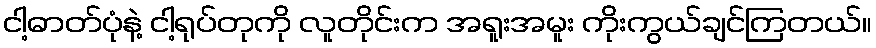
ငါ့ဓာတ်ပုံနဲ့ ငါ့ရုပ်တုကို လူတိုင်းက အရူးအမူး ကိုးကွယ်ချင်ကြတယ်။